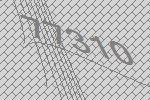
77310